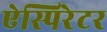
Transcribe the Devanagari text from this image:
ऐस्पिरेटर